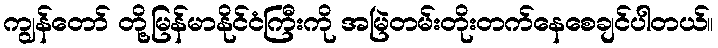
ကျွန်တော် တို့မြန်မာနိုင်ငံကြီးကို အမြဲတမ်းတိုးတက်နေစေချင်ပါတယ်။